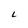
Character: L